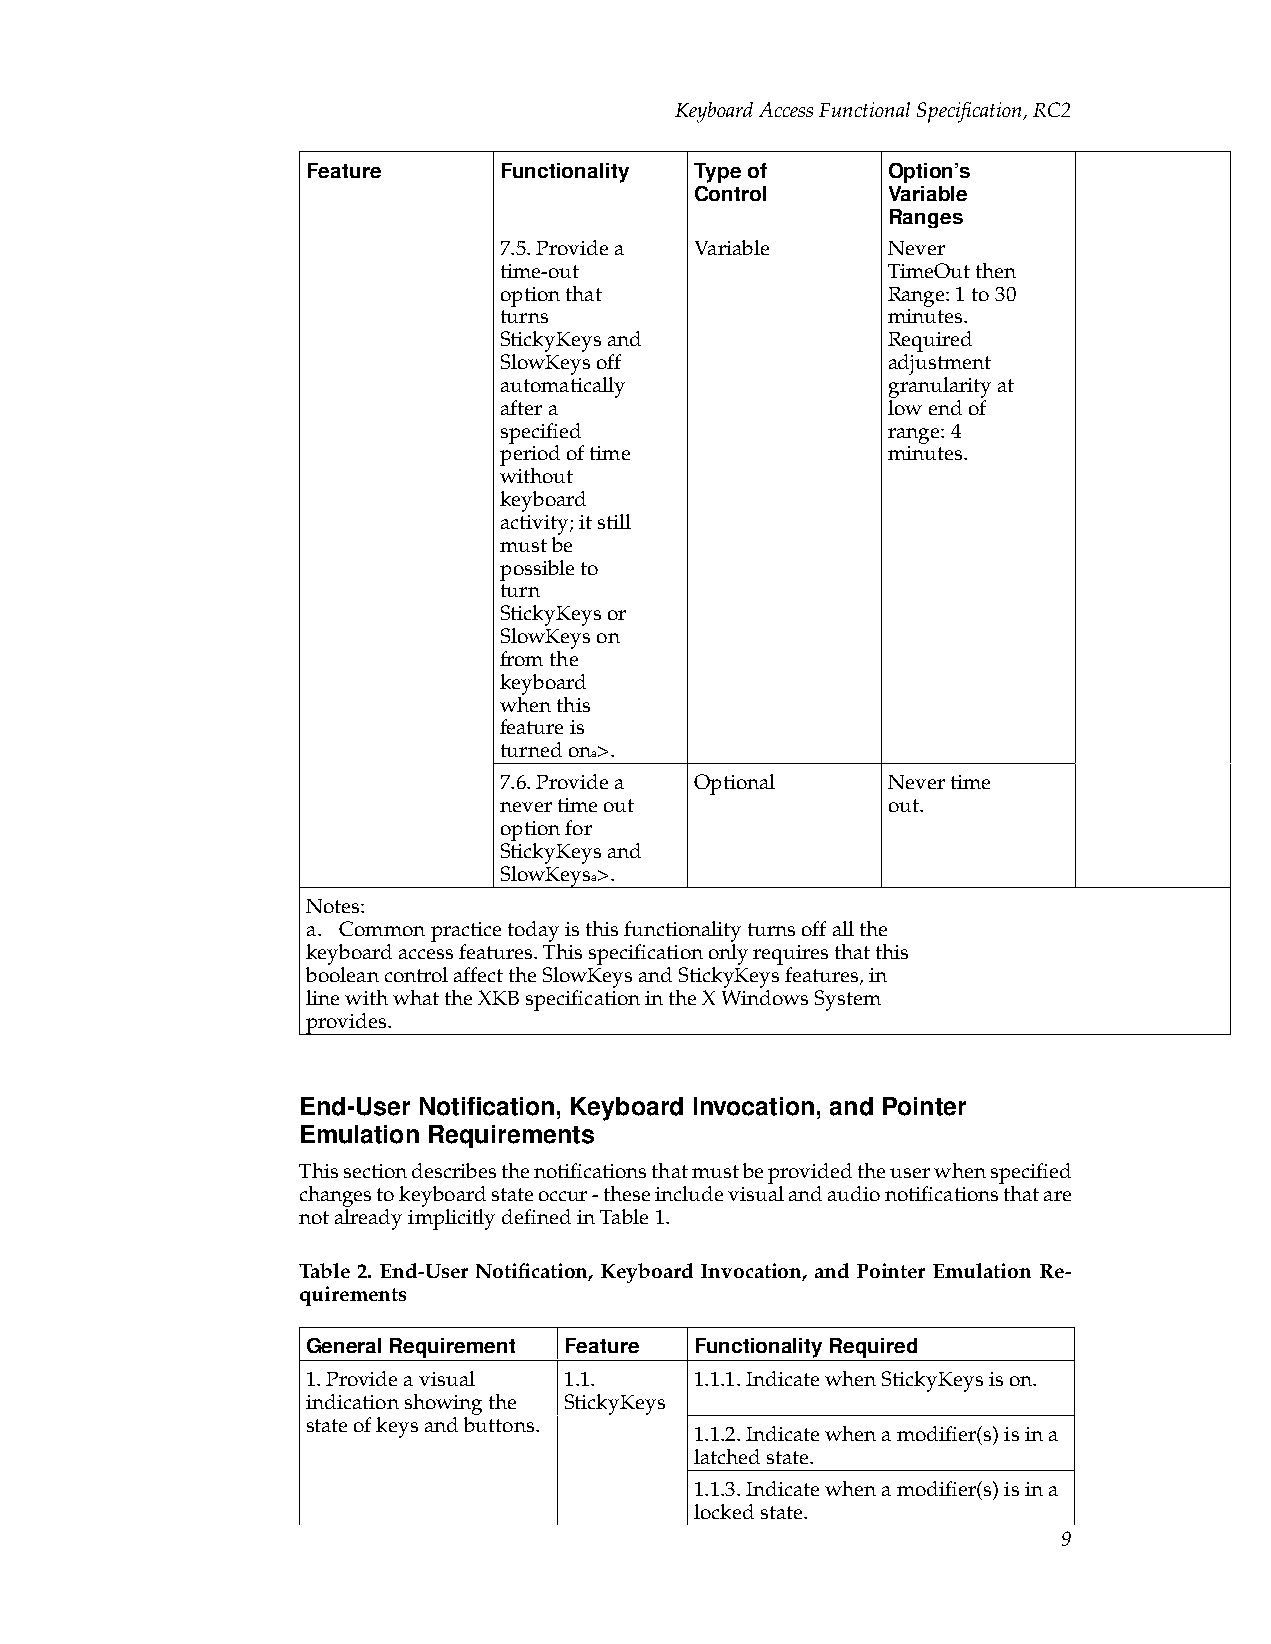
KeyboardAccessFunctionalSpecification,RC2
 Feature      Functionality Typeof      Option’s
 Control      Variable
 Ranges
 7.5.Providea Variable     Never
 time-out                  TimeOutthen
 optionthat                Range:1to30
 turns                     minutes.
 StickyKeysand             Required
 SlowKeysoff               adjustment
 automatically             granularityat
 aftera                    lowendof
 specified                 range:4
 periodoftime              minutes.
 without
 keyboard
 activity;itstill
 mustbe
 possibleto
 turn
 StickyKeysor
 SlowKeyson
 fromthe
 keyboard
 whenthis
 featureis
 turnedona>.
 7.6.Providea Optional     Nevertime
 nevertimeout              out.
 optionfor
 StickyKeysand
 SlowKeysa>.
 Notes:
 a. Commonpracticetodayisthisfunctionalityturnsoffallthe
 keyboardaccessfeatures.Thisspecificationonlyrequiresthatthis
 booleancontrolaffecttheSlowKeysandStickyKeysfeatures,in
 linewithwhattheXKBspecificationintheXWindowsSystem
 provides.
 End-User Notification, Keyboard Invocation, and Pointer
 Emulation Requirements
 Thissectiondescribesthenotificationsthatmustbeprovidedtheuserwhenspecified
 changestokeyboardstateoccur-theseincludevisualandaudionotificationsthatare
 notalreadyimplicitlydefinedinTable1.
 Table 2. End-User Notification, Keyboard Invocation, and Pointer Emulation Re-
 quirements
 GeneralRequirement Feature FunctionalityRequired
 1.Provideavisual 1.1.     1.1.1.IndicatewhenStickyKeysison.
 indicationshowingthe StickyKeys
 stateofkeysandbuttons.
 1.1.2.Indicatewhenamodifier(s)isina
 latchedstate.
 1.1.3.Indicatewhenamodifier(s)isina
 lockedstate.
 9